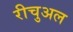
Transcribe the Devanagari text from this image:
रीचुअल